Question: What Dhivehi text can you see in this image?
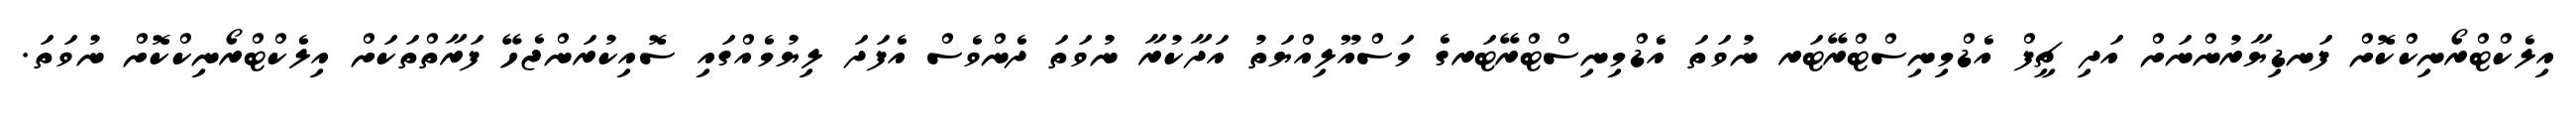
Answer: އިލެކްޓްރޯނިކްކޮށް ފަނޑިޔާރުންނަށް އަދި ޗީފް އެޑްމިނިސްޓްރޭޓަރ ނުވަތަ އެޑްމިނިސްޓްރޭޓަރގެ މަސްއޫލިއްޔަތު އަދާކުރާ ނުވަތަ ދެންވެސް އެފަދަ ލިޔުމެއްގައި ސޮއިކުރަންޖެހޭ ފަރާތްތަކަށް އިލެކްޓްރޯނިކްކޮށް ނުވަތަ.